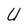
Character: U